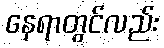
နေရာတွင်လည်း